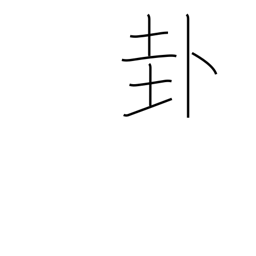
Meaning: a divination sign